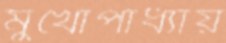
মুখোপাধ্যায়